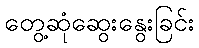
တွေ့ဆုံဆွေးနွေးခြင်း